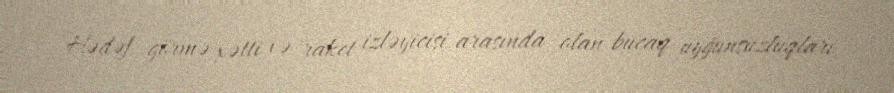
Hədəf görmə xətti və raket izləyicisi arasında olan bucaq uyğunsuzluqları